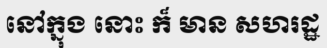
នៅក្នុង នោះ ក៏ មាន សហរដ្ឋ